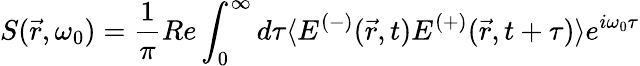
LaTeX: S({\vec{r}},\omega_{0})={\frac{1}{\pi}}Re\int_{0}^{\infty}d\tau\langle E^{(-)}({\vec{r}},t)E^{(+)}({\vec{r}},t+\tau)\rangle e^{i\omega_{0}\tau}